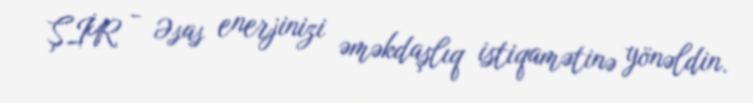
ŞİR - Əsas enerjinizi əməkdaşlıq istiqamətinə yönəldin.